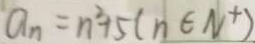
a _ { n } = n ^ { 2 } + 5 ( n \in N ^ { + } )